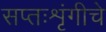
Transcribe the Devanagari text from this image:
सप्तःशृंगीचे